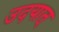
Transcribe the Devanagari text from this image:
उदयात्‌